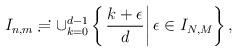
LaTeX: \begin{align*}I_{n,m}\risingdotseq \cup_{k=0}^{d-1}\left\{\left.\frac{k+\epsilon}{d} \right| \epsilon\in I_{N,M}\right\},\end{align*}